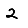
Digit: 2